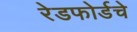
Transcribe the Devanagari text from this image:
रेडफोर्डचे